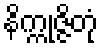
နိက္ကုဇ္ဇိတုံ